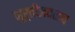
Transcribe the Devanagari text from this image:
मूर्तीजवळच